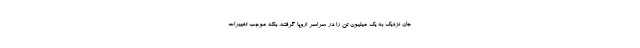
جان نزدیک به یک میلیون تن را در سراسر اروپا گرفته، بلکه موجب تغییرات